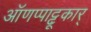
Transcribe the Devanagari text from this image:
ऑणप्पाट्टू़कार्